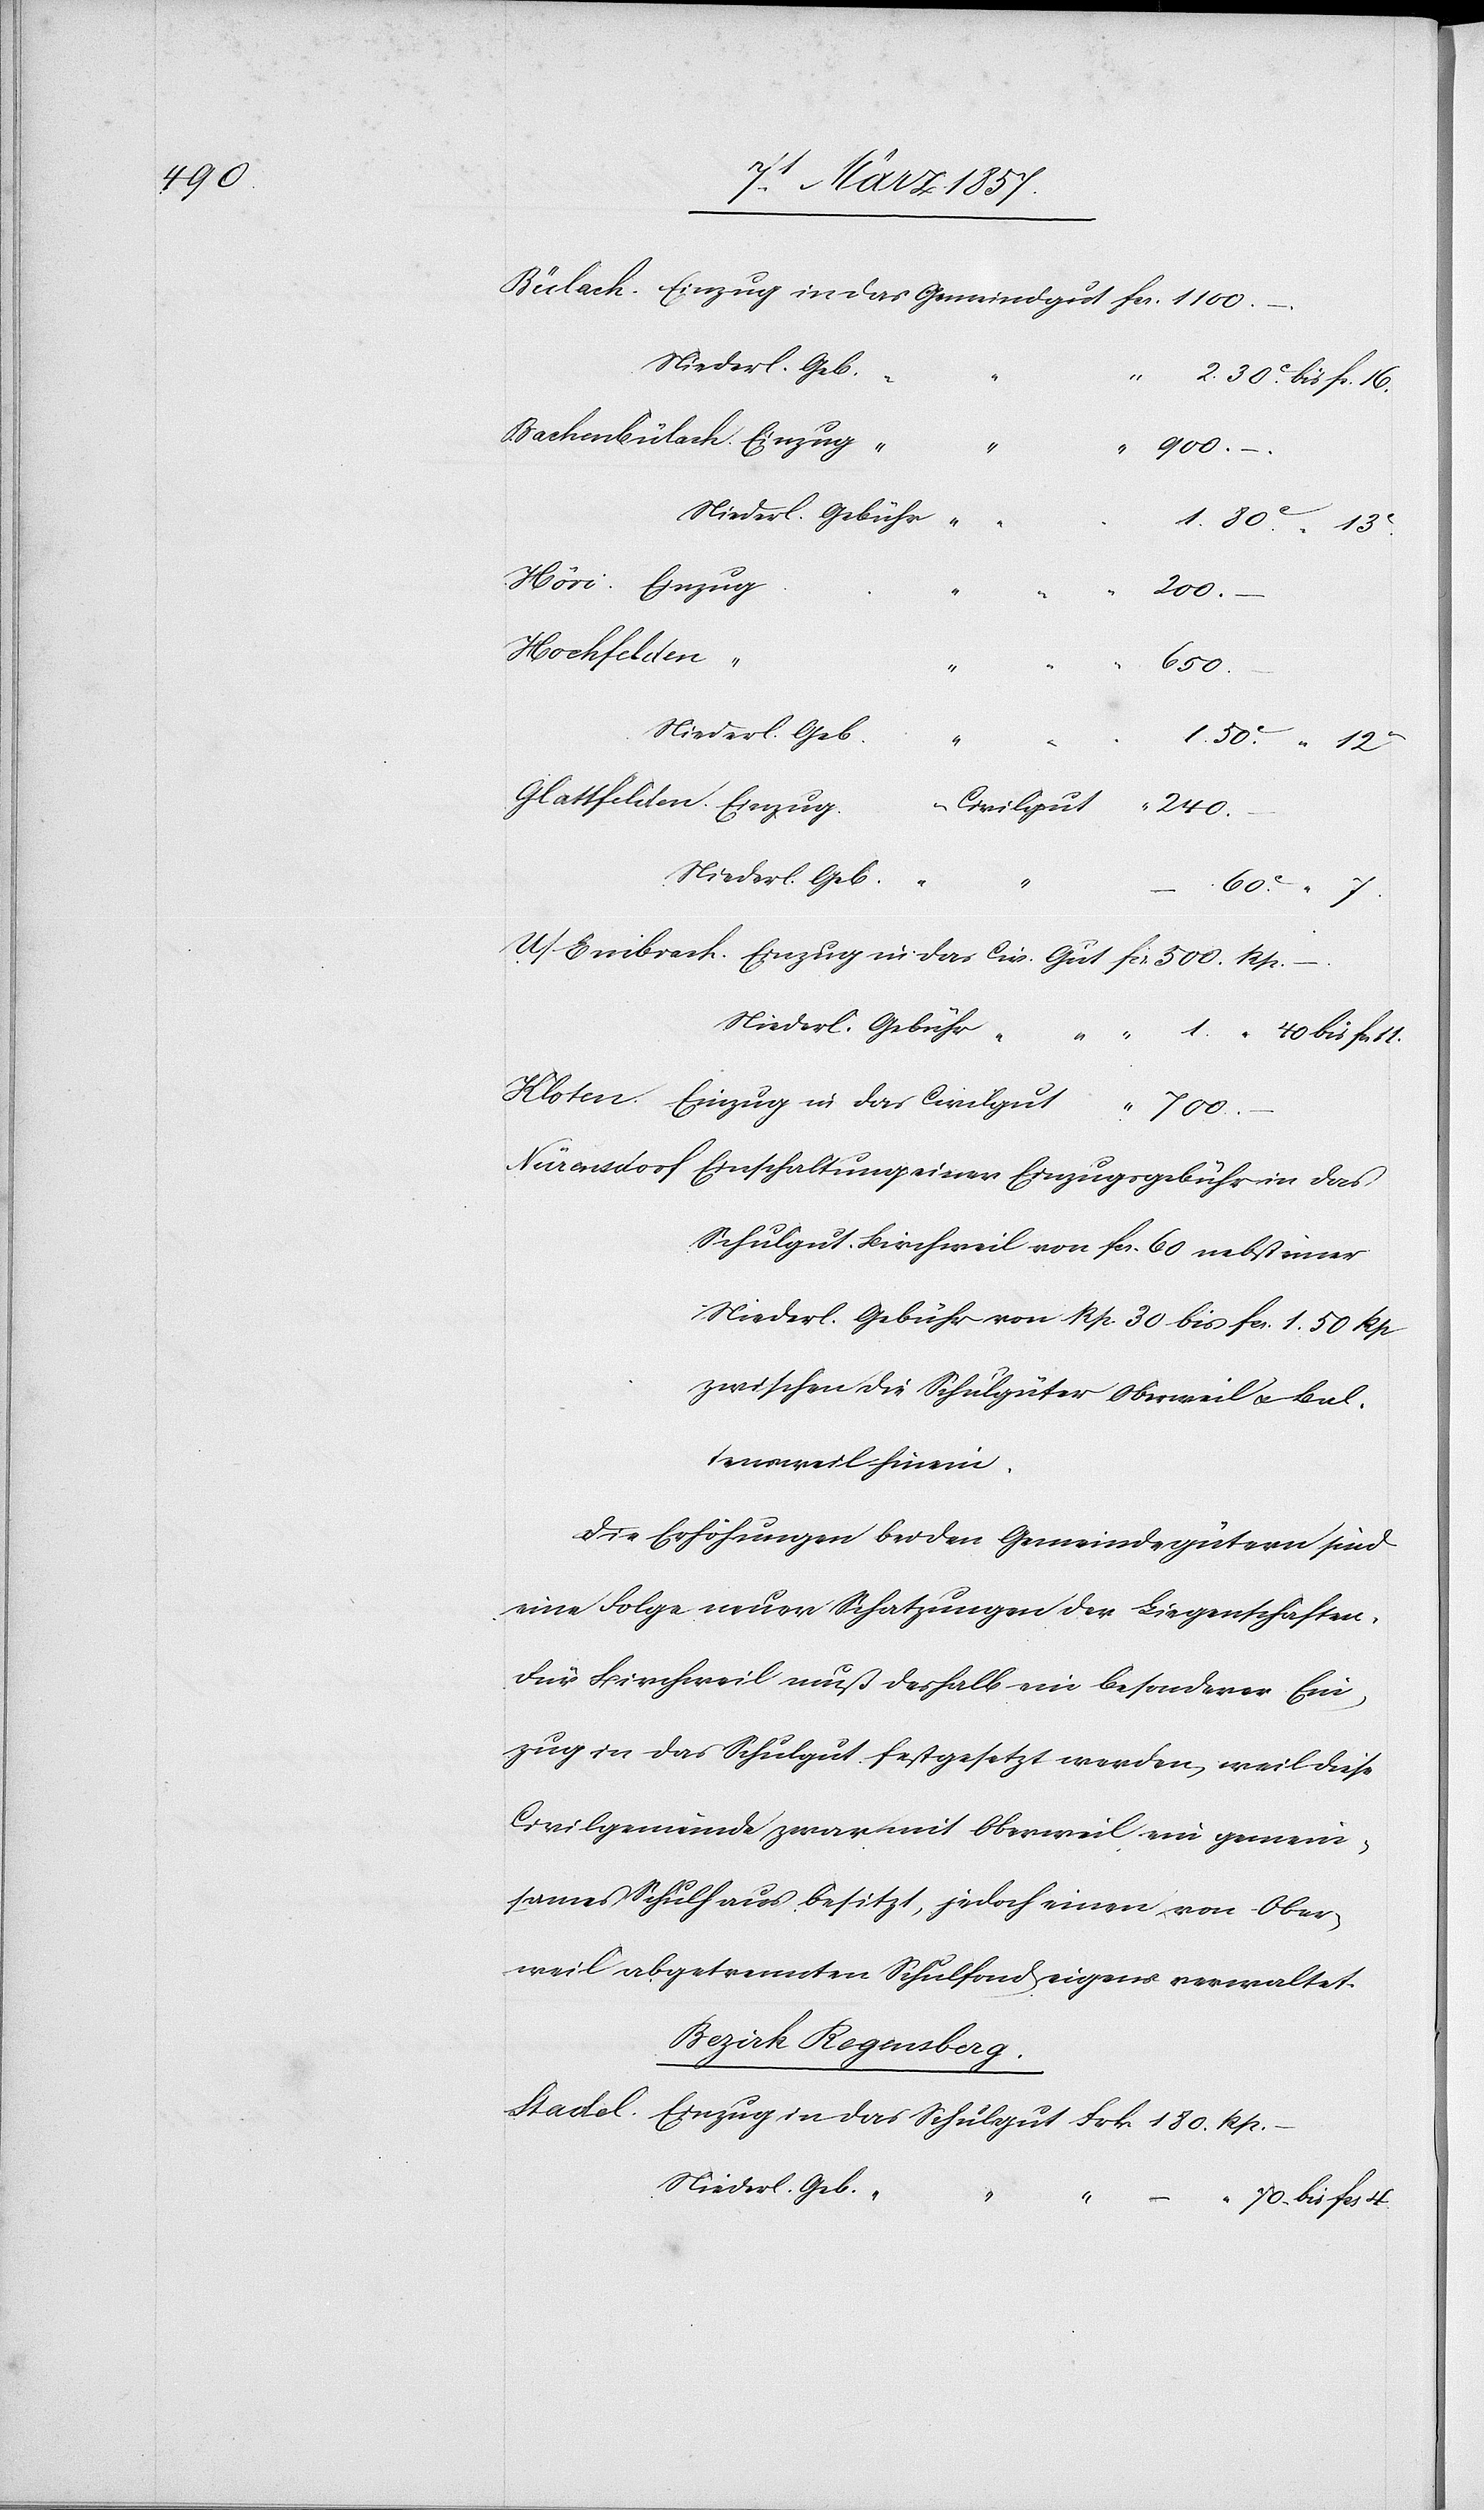
180.

“
500.
4.
Niederl. Gebühr “
200.
Glattfelden.
Nürensdorf.
Niederl. Geb.
1. “ 40
Civilgut
240.
Niederl. Geb.
Frk.
“
60 C
Kloten.
Einzug in das Schulgut
Schulgut Birchweil von fr. 60 nebst einer
Niederl. Gebühr von Rp. 30 bis fr. 1. 50 Rp.
zwischen die Schulgüter Oberweil u. Bal¬
tensweil hinein.
Die Erhöhungen bei den Gemeindegütern sind
eine Folge neuer Schatzungen der Liegenschaften.
Für Birchweil muß deshalb ein besonderer Ein¬
zug in das Schulgut festgesetzt werden, weil diese
Civilgemeinde zwar mit Oberweil ein gemein¬
sames Schulhaus besitzt, jedoch einen von Ober¬
weil abgetrennten Schulfond eigens verwaltet.
Bezirk Regensberg.
Niederl. Geb. “
70 bis fr.